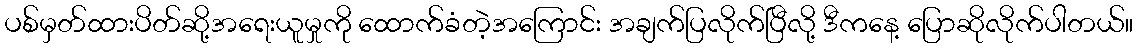
ပစ်မှတ်ထားပိတ်ဆို့အရေးယူမှုကို ထောက်ခံတဲ့အကြောင်း အချက်ပြလိုက်ပြီလို့ ဒီကနေ့ ပြောဆိုလိုက်ပါတယ်။